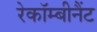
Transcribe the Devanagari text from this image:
रेकॉम्बीनैंट